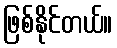
ဖြစ်နိုင်တယ်။